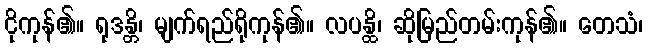
ငိုကုန်၏။ ရုဒန္တိ၊ မျက်ရည်ရိုကုန်၏။ လပန္ထိ၊ ဆိုမြည်တမ်းကုန်၏။ တေသံ၊